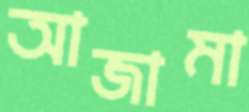
আজামা